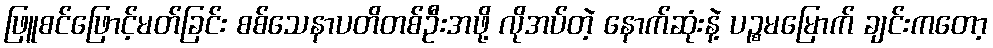
ဖြူစင်ဖြောင့်မတ်ခြင်း စစ်သေနာပတိတစ်ဦးအဖို့ လိုအပ်တဲ့ နောက်ဆုံးနဲ့ ပဉ္စမမြောက် ချင်းကတော့